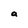
Character: a